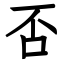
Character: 否